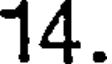
14.